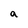
Character: a